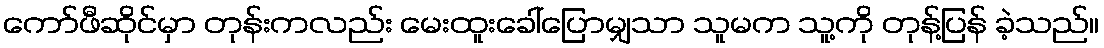
ကော်ဖီဆိုင်မှာ တုန်းကလည်း မေးထူးခေါ်ပြောမျှသာ သူမက သူ့ကို တုန့်ပြန် ခဲ့သည်။